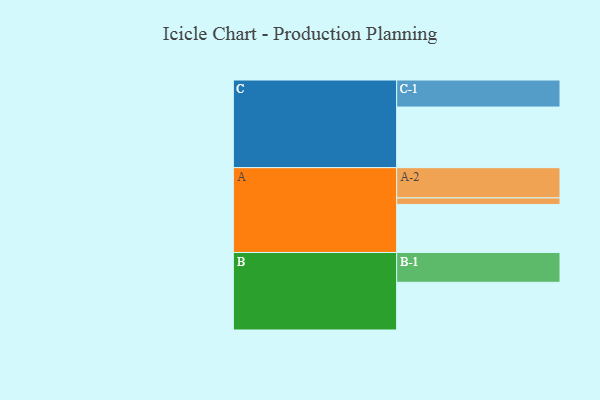
{"axis": {"x": "Segment", "y": "Value"}, "legend": ["", "A", "B", "C"], "data": [{"x": "A", "y": 421, "type": ""}, {"x": "B", "y": 418, "type": ""}, {"x": "C", "y": 531, "type": ""}, {"x": "A-1", "y": 57, "type": "A"}, {"x": "A-2", "y": 265, "type": "A"}, {"x": "B-1", "y": 261, "type": "B"}, {"x": "C-1", "y": 237, "type": "C"}]}